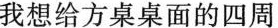
我想给方桌桌面的四周